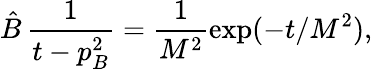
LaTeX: \hat{B}\, \frac{1}{t-p_{B}^{2}}=\frac{1}{M^{2}}\exp(-t/M^{2}),